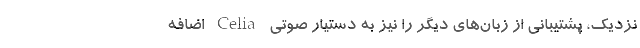
نزدیک، پشتیبانی از زبان‌های دیگر را نیز به دستیار صوتی Celia اضافه